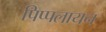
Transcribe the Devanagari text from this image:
पिप्पलायन